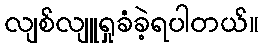
လျစ်လျူရှုခံခဲ့ရပါတယ်။